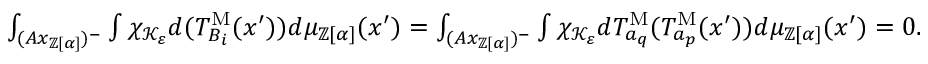
\begin{array} { r } { \int _ { ( A x _ { \mathbb { Z } [ \alpha ] } ) ^ { - } } \int \chi _ { \mathcal { K } _ { \varepsilon } } d ( T _ { B _ { i } } ^ { \mathrm { M } } ( x ^ { \prime } ) ) d \mu _ { \mathbb { Z } [ \alpha ] } ( x ^ { \prime } ) = \int _ { ( A x _ { \mathbb { Z } [ \alpha ] } ) ^ { - } } \int \chi _ { \mathcal { K } _ { \varepsilon } } d T _ { a _ { q } } ^ { \mathrm { M } } ( T _ { a _ { p } } ^ { \mathrm { M } } ( x ^ { \prime } ) ) d \mu _ { \mathbb { Z } [ \alpha ] } ( x ^ { \prime } ) = 0 . } \end{array}